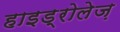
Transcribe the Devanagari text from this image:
हाइड्रोलेज़